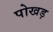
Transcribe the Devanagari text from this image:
पोखड़